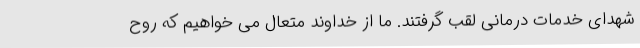
شهدای خدمات درمانی لقب گرفتند. ما از خداوند متعال می خواهیم که روح